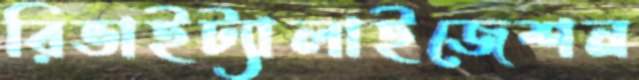
রিভাইট্যালাইজেশন